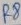
Text: R8